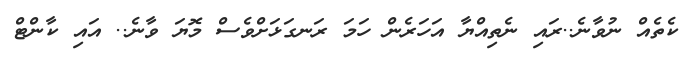
ކެތެެއް ނުވާނެ..ރައި ނެތިއްޔާ އަހަރެން ހަމަ ރަނގަޅަށްވެސް މޮޔަ ވާނެ.. އައި ކާންޓް